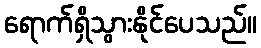
ရောက်ရှိသွားနိုင်ပေသည်။